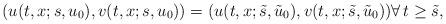
LaTeX: \begin{align*}(u(t,x;s,u_0),v(t,x;s,u_0))=(u(t,x;\tilde s,\tilde u_0),v(t,x;\tilde s,\tilde u_0))\forall\, t\ge \tilde s,\end{align*}